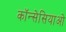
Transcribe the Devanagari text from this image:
कॉन्सेसियाओ